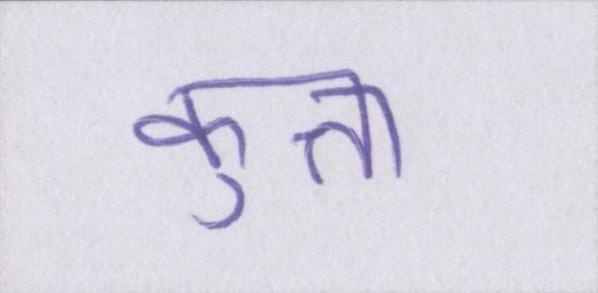
कुत्ता